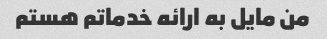
من مایل به ارائه خدماتم هستم